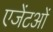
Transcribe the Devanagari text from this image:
एजेंटओं